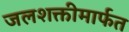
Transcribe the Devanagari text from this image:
जलशक्तीमार्फत